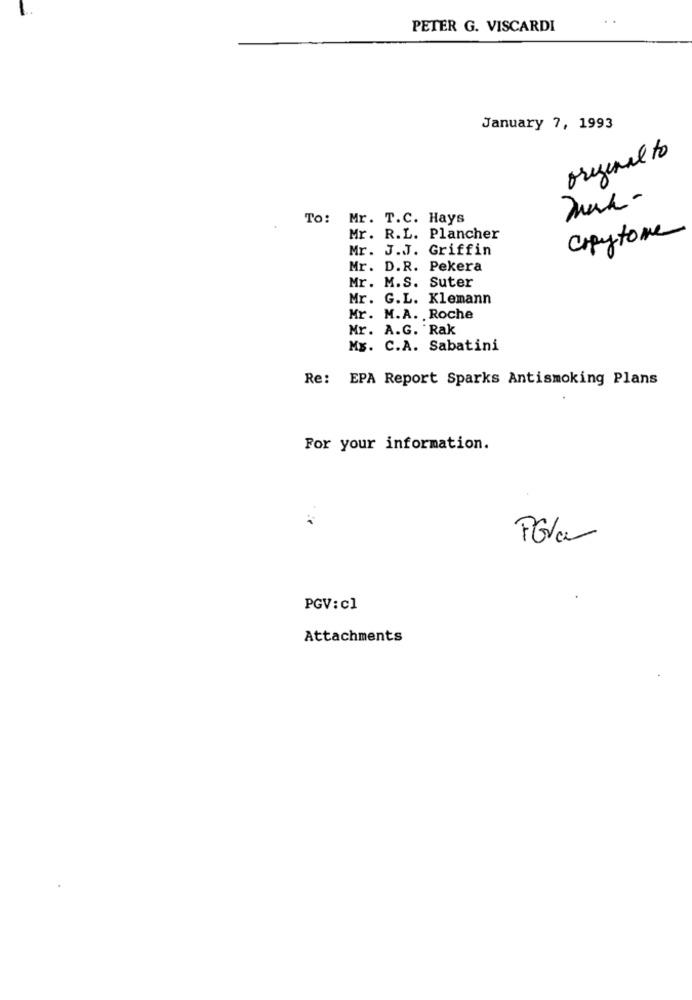
PETER G. VISCARDI
January 7, 1993
original to
Man-
To: Mr. T.C. Hays
Copytome
Mr. R.L. Plancher
Mr. J.J. Griffin
Mr. D.R. Pekera
Mr. M.S. Suter
Mr. G.L. Klemann
Mr. M.A. Roche
Mr. A.G. Rak
Mx. C.A. Sabatini
Re: EPA Report Sparks Antismoking Plans
For your information.
PGV: cl
Attachments